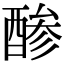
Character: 𮠳